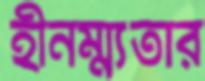
হীনম্ম্যতার